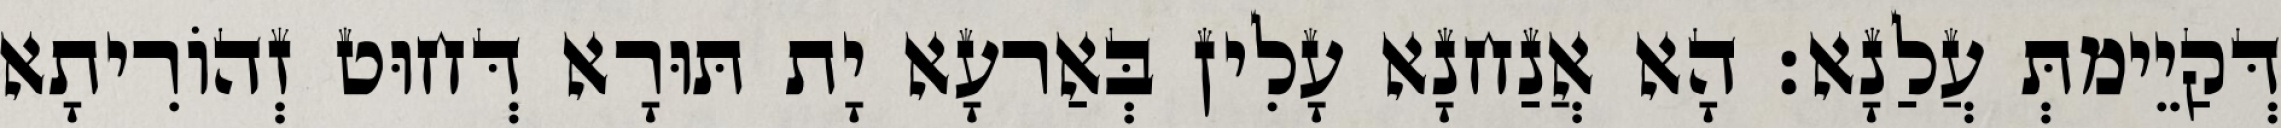
דְּקַיֵימתְּ עֲלַנָא׃ הָא אֲנַחנָא עָלִין בְּאַרעָא יָת תּוּרָא דְּחוּט זְהוֹרִיתָא